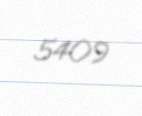
5409